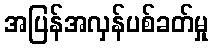
အပြန်အလှန်ပစ်ခတ်မှု